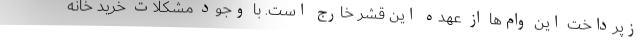
زپرداخت این وام‌ها از عهده این قشر خارج است. با وجود مشکلات خرید خانه